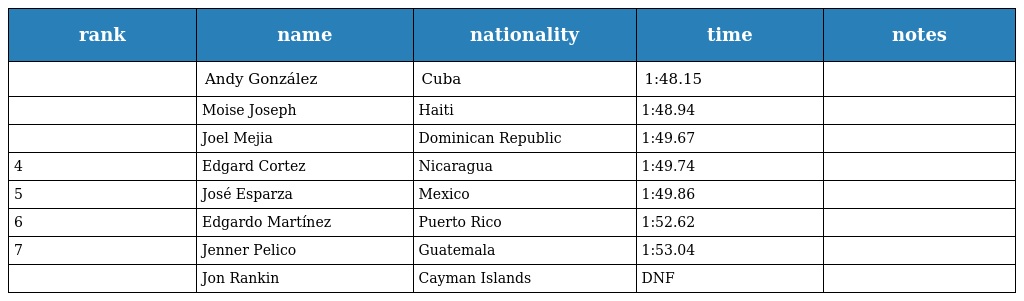
| rank | name | nationality | time | notes |
 | --- | --- | --- | --- | --- |
 |  | Andy González | Cuba | 1:48.15 |  |
 |  | Moise Joseph | Haiti | 1:48.94 |  |
 |  | Joel Mejia | Dominican Republic | 1:49.67 |  |
 | 4 | Edgard Cortez | Nicaragua | 1:49.74 |  |
 | 5 | José Esparza | Mexico | 1:49.86 |  |
 | 6 | Edgardo Martínez | Puerto Rico | 1:52.62 |  |
 | 7 | Jenner Pelico | Guatemala | 1:53.04 |  |
 |  | Jon Rankin | Cayman Islands | DNF |  |